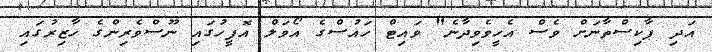
އަދި ޕާކިސްތާނަށް ވެސް އެހީވެވިދާނެ" ވައިޓް ހައުސްގެ އޯވަލް އޮފީހުގައި ނޫސްވެރިންގެ ހާޒިރުގައި